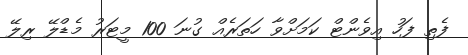
ފެތި ފަހު އިވެންޓް ކަމަށްވާ ހަތަރެއް ގުނަ 100 މީޓަރު މެޑްލޭ ރިލޭ